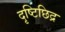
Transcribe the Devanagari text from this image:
दृष्टिछिद्र